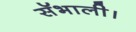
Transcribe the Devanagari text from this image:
सॅभाली।